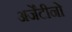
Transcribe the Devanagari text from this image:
अर्जेंटीनो